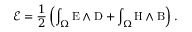
\mathcal { E } = \frac { 1 } { 2 } \left( \int _ { \Omega } \mathrm { E } \wedge \mathrm { D } + \int _ { \Omega } \mathrm { H } \wedge \mathrm { B } \right) .